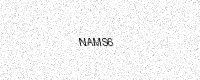
Text: NAMS6